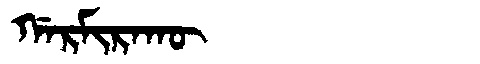
Manchu: ᡤᠠᡵᠮᡳᡵᠠᡴᡡ
Romanization: GARMIRAKŪ